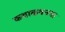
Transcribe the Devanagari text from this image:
कथाकथनचा